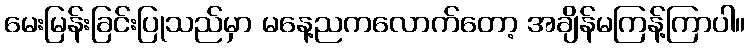
မေးမြန်းခြင်းပြုသည်မှာ မနေ့ညကလောက်တော့ အချိန်မကြန့်ကြာပါ။